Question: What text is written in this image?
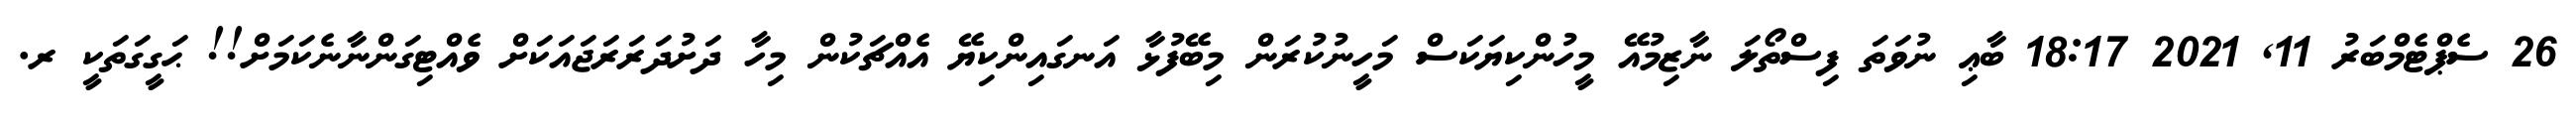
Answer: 26 ސެޕްޓެމްބަރު 11, 2021 18:17 ބާޢި ނުވަތަ ފިސްތޯލަ ނާޒިމުއޭ މީހުންކިޔަކަސް މަހީނުކުރަން މިބޭފުޅާ އަނގައިންކިޔޭ އެއްޗަކުން މިހާ ދަށުދަރަރަޖައަކަށް ވެއްޓިގަންނާނެކަމަށް!! ޙަގީގަތަކީ ރ.